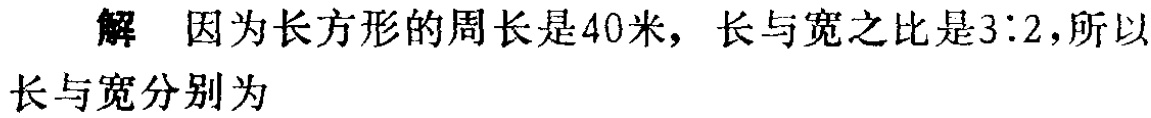
解 因为长方形的周长是40米，长与宽之比是3:2，所以长与宽分别为